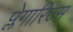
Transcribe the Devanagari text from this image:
प्लेगारिज्म